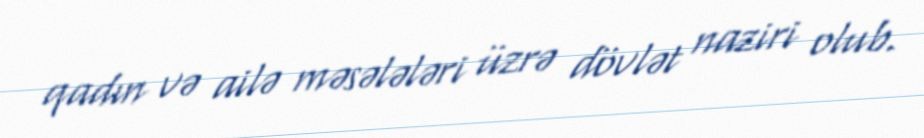
qadın və ailə məsələləri üzrə dövlət naziri olub.